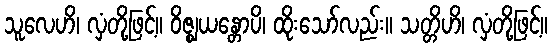
သူလေဟိ၊ လှံတို့ဖြင့်။ ဝိဇ္ဈယန္တောပိ၊ ထိုးသော်လည်း။ သတ္တိဟိ၊ လှံတို့ဖြင့်။